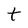
Character: t